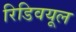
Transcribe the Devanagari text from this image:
रिडिवयूल